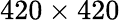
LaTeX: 420\times 420